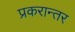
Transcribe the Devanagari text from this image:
प्रकरान्तर